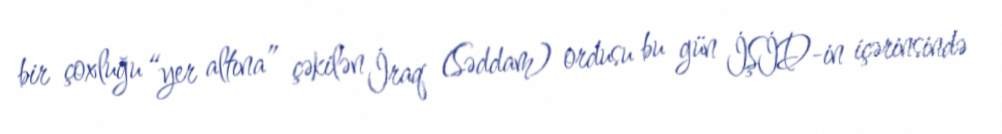
bir çoxluğu “yer altına” çəkilən İraq (Səddam) ordusu bu gün İŞİD-in içərinsində